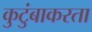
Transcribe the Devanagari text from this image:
कुटुंबाकरता